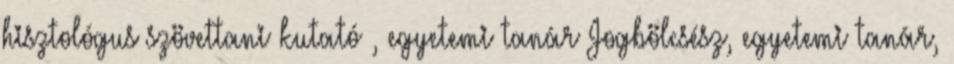
hisztológus szövettani kutató , egyetemi tanár Jogbölcsész, egyetemi tanár,